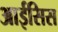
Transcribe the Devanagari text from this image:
आईसिस